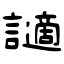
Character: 讁